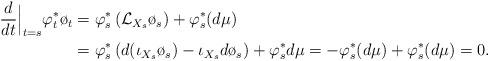
LaTeX: \begin{align*} \frac{d}{dt}\Big|_{t=s} \varphi_t^* \o_t &= \varphi_s^*\left(\mathcal{L}_{X_s} \o_s\right) + \varphi_s^* (d \mu) \\ &= \varphi_s^* \left(d(\iota_{X_s} \o_s) - \iota_{X_s} d \o_s \right) + \varphi_s^* d \mu = -\varphi_s^* (d\mu) + \varphi_s^* (d \mu) =0. \end{align*}